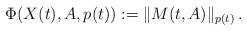
LaTeX: \begin{align*}\Phi(X(t),A,p(t)):=\| M(t,A)\|_{p(t)}\,.\end{align*}